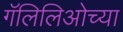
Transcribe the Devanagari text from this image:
गॅलिलिओच्या